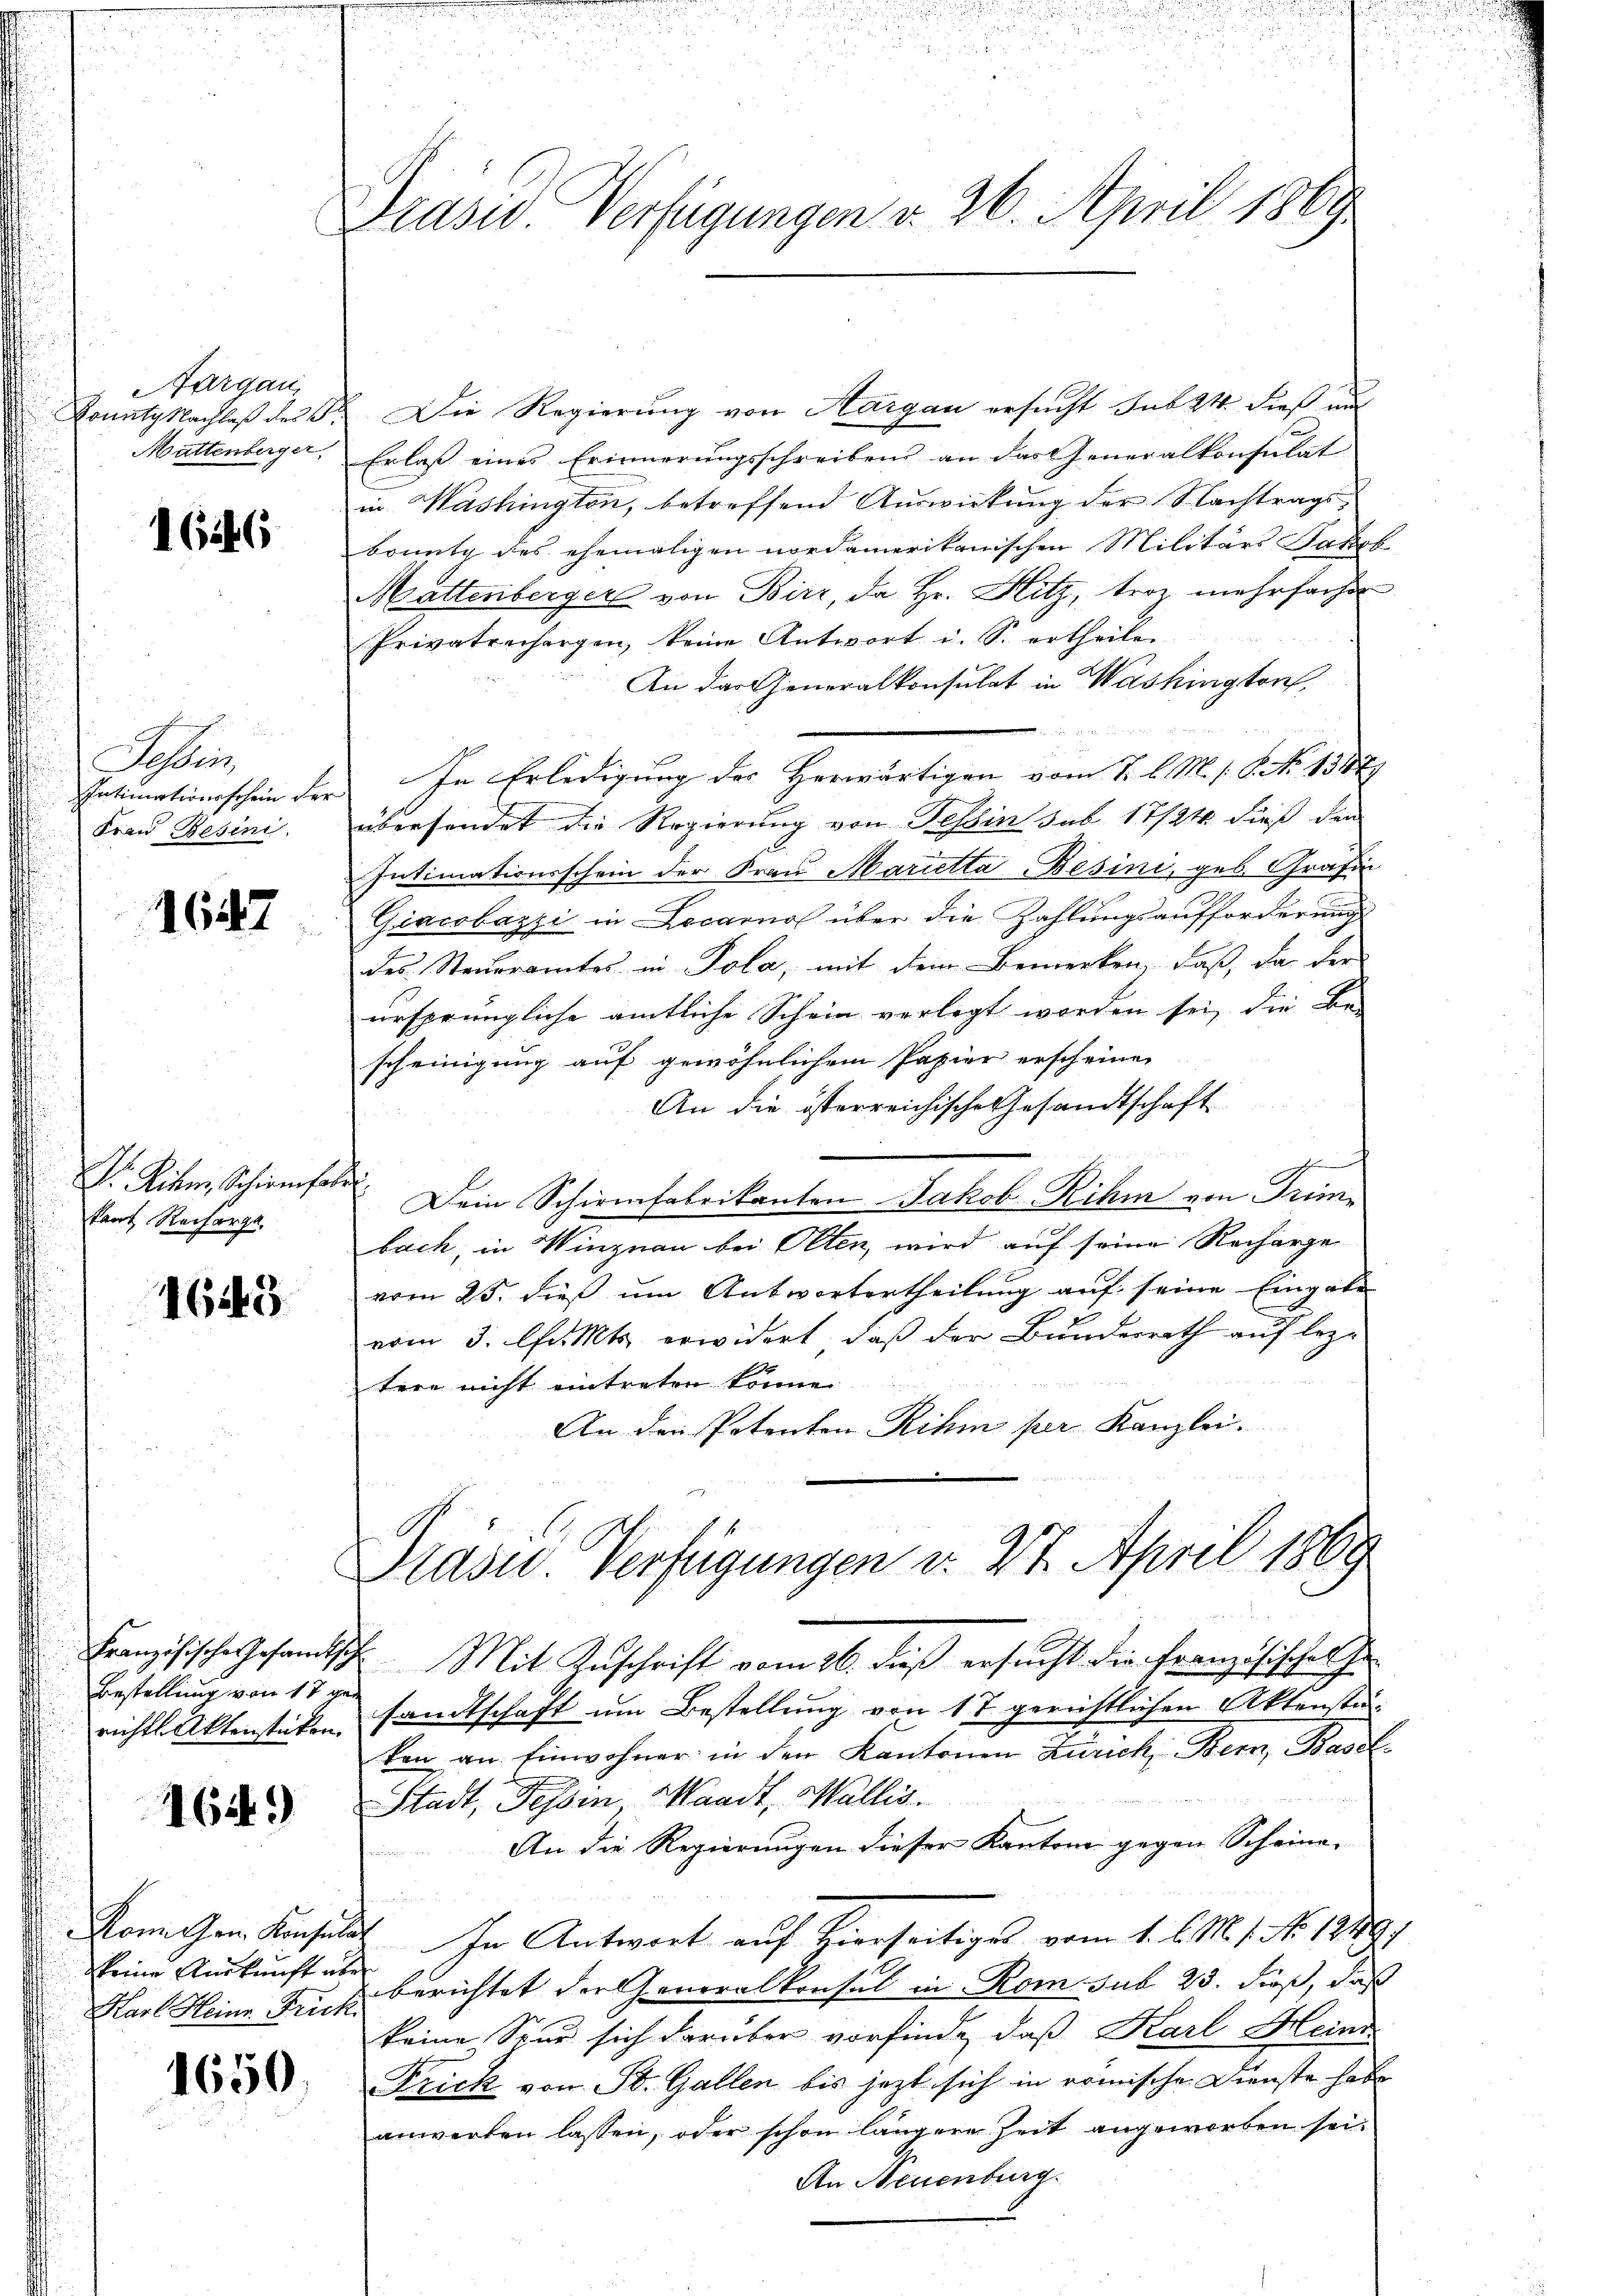
Aargau
Dounty Nachlaß des B
Mattenberger

1646

Schei
Intimationsschein der
Frau Besini.

1647

Dr. Liter, Schirmher
kart Recharge.

4643

Bestellung von 17 gerichtl. Aktenstücken.

164)

keine Auskunft über

1650

Präsid. Verfügungen v. 26. April 1869

Die Regierung von Aargau ersucht sub 24 dieß mit
Erlaß eines Erinnerungsschreibens an das Generalkonsulat
in Washington, betreffend Auswirkung der Nachtrags
bountg des ehemaligen nordamerikanischen Militärs Jakob
Mattenberger von Birz, da Hr. Hitz, troz mehrfachen
Privatrechargen, keine Antwort i. S. ertheilen
An der Generalkonsulat in Washington,
In Erledigung des Herwärtigen vom 1. l. M. s. S. No 1387
übersendet die Regierung von Tessin sub 17/24 dieß den
Intimationsschein der Frau Marietta Besini, geb. Grafin
Giacobazzi in Locarno über die Zahlungsaufforderung
des Steueramtes in Pola, mit dem Bemerken, daß das der
ursprüngliche amtliche Schein verlegt worden sei, die Be-
scheinigung auf gewöhnlichem Papier erscheinen
An die österreichische Gesandtschaft
g
.
Dein Schirmfabrikanten Jakob Rihm von Trimbach, in Winznau bei Olten, wird auf seine Recharge
vom 25. dieß um Antwortertheilung auf seine Eingabe
vom 3. Chr. Mts. erwidert, daß der Bundesrath auf leztere nicht eintreten könne.
An den Petenten Rihm per Kanzlei-
Präsid. Verfügungen v. 27. April 1869
Französische Gesandtsche Mit Zuschrift vom 26. dieß ersucht die Französischen Her
sandtschaft um Bestellung von 17 gerichtlichen Aktenstänken an Einwohner in den Kantonen Zürich, Bern, Basel
Stadt, Tessin Waadt, Wallis.
An die Regierungen dieser Kantone gegen Scheine-
Kann Gen. Konsulat In Antwort auf hierseitiges vom 1. l. M. 1. No. 1249.
Karl Heine Fuchsberichtet der Generalkonsul in Rom sub 23. dieß, daß
keine Spur sich darüber vorfinde, daß Karl Heine
Frick von St. Gallen bis jetzt sich in römischen Dienste habe
anwerten lassen, oder schon längere Zeit angeworben sei.
An Neuenburg.